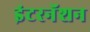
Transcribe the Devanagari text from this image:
इंटरनॅशन